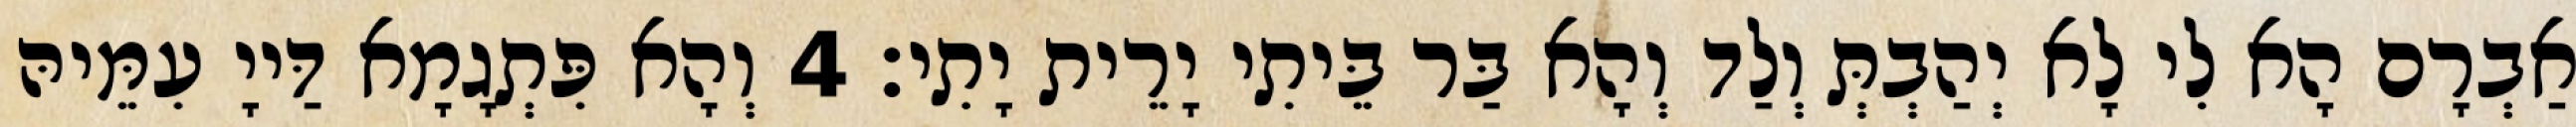
אַבְרָם הָא לִי לָא יְהַבְתְּ וְלַד וְהָא בַּר בֵּיתִי יָרֵית יָתִי׃ 4 וְהָא פִּתְגָמָא דַּייָ עִמֵּיהּ